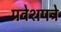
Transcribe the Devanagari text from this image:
प्रवेशपत्रे